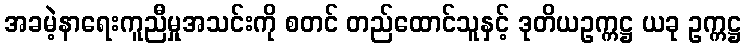
အခမဲ့နာရေးကူညီမှုအသင်းကို စတင် တည်ထောင်သူနှင့် ဒုတိယဥက္ကဋ္ဌ ယခု ဥက္ကဋ္ဌ